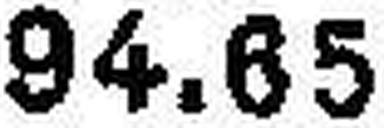
94.65